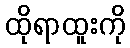
ထိုရာထူးကို